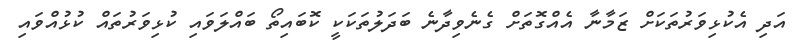
އަދި އެކުޅިވަރުތަކަށް ޒަމާނާ އެއްގޮތަށް ގެނެވިދާނެ ބަދަލުތަކަކީ ކޮބައިތޯ ބައްލަވައި ކުޅިވަރުތައް ކުޅުއްވައި